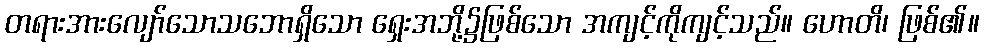
တရားအားလျော်သောသဘောရှိသော ရှေးအဘို့၌ဖြစ်သော အကျင့်ကိုကျင့်သည်။ ဟောတိ၊ ဖြစ်၏။